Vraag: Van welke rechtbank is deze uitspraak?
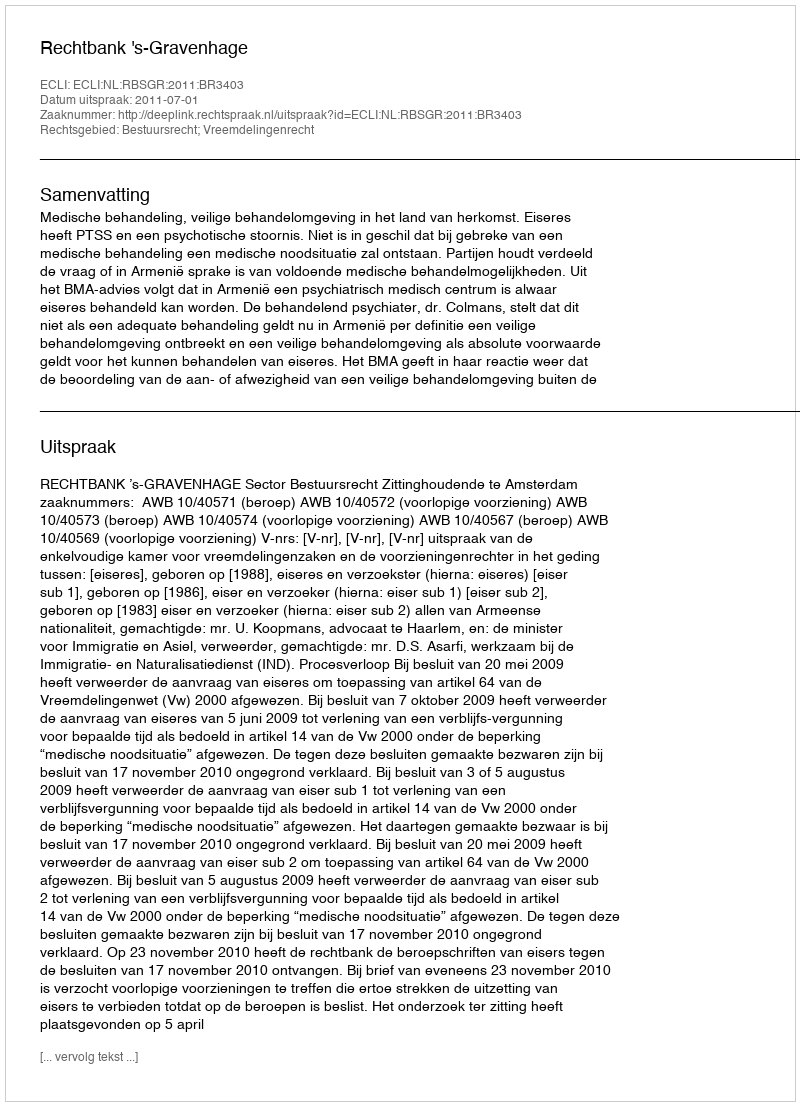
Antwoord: Rechtbank 's-Gravenhage